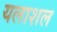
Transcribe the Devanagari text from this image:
यलाशल